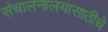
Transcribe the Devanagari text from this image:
संचालनालयासाठीचे